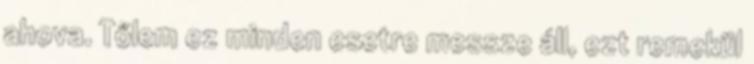
ahova. Tőlem ez minden esetre messze áll, ezt remekül